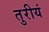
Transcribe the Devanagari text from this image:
तुरीयं